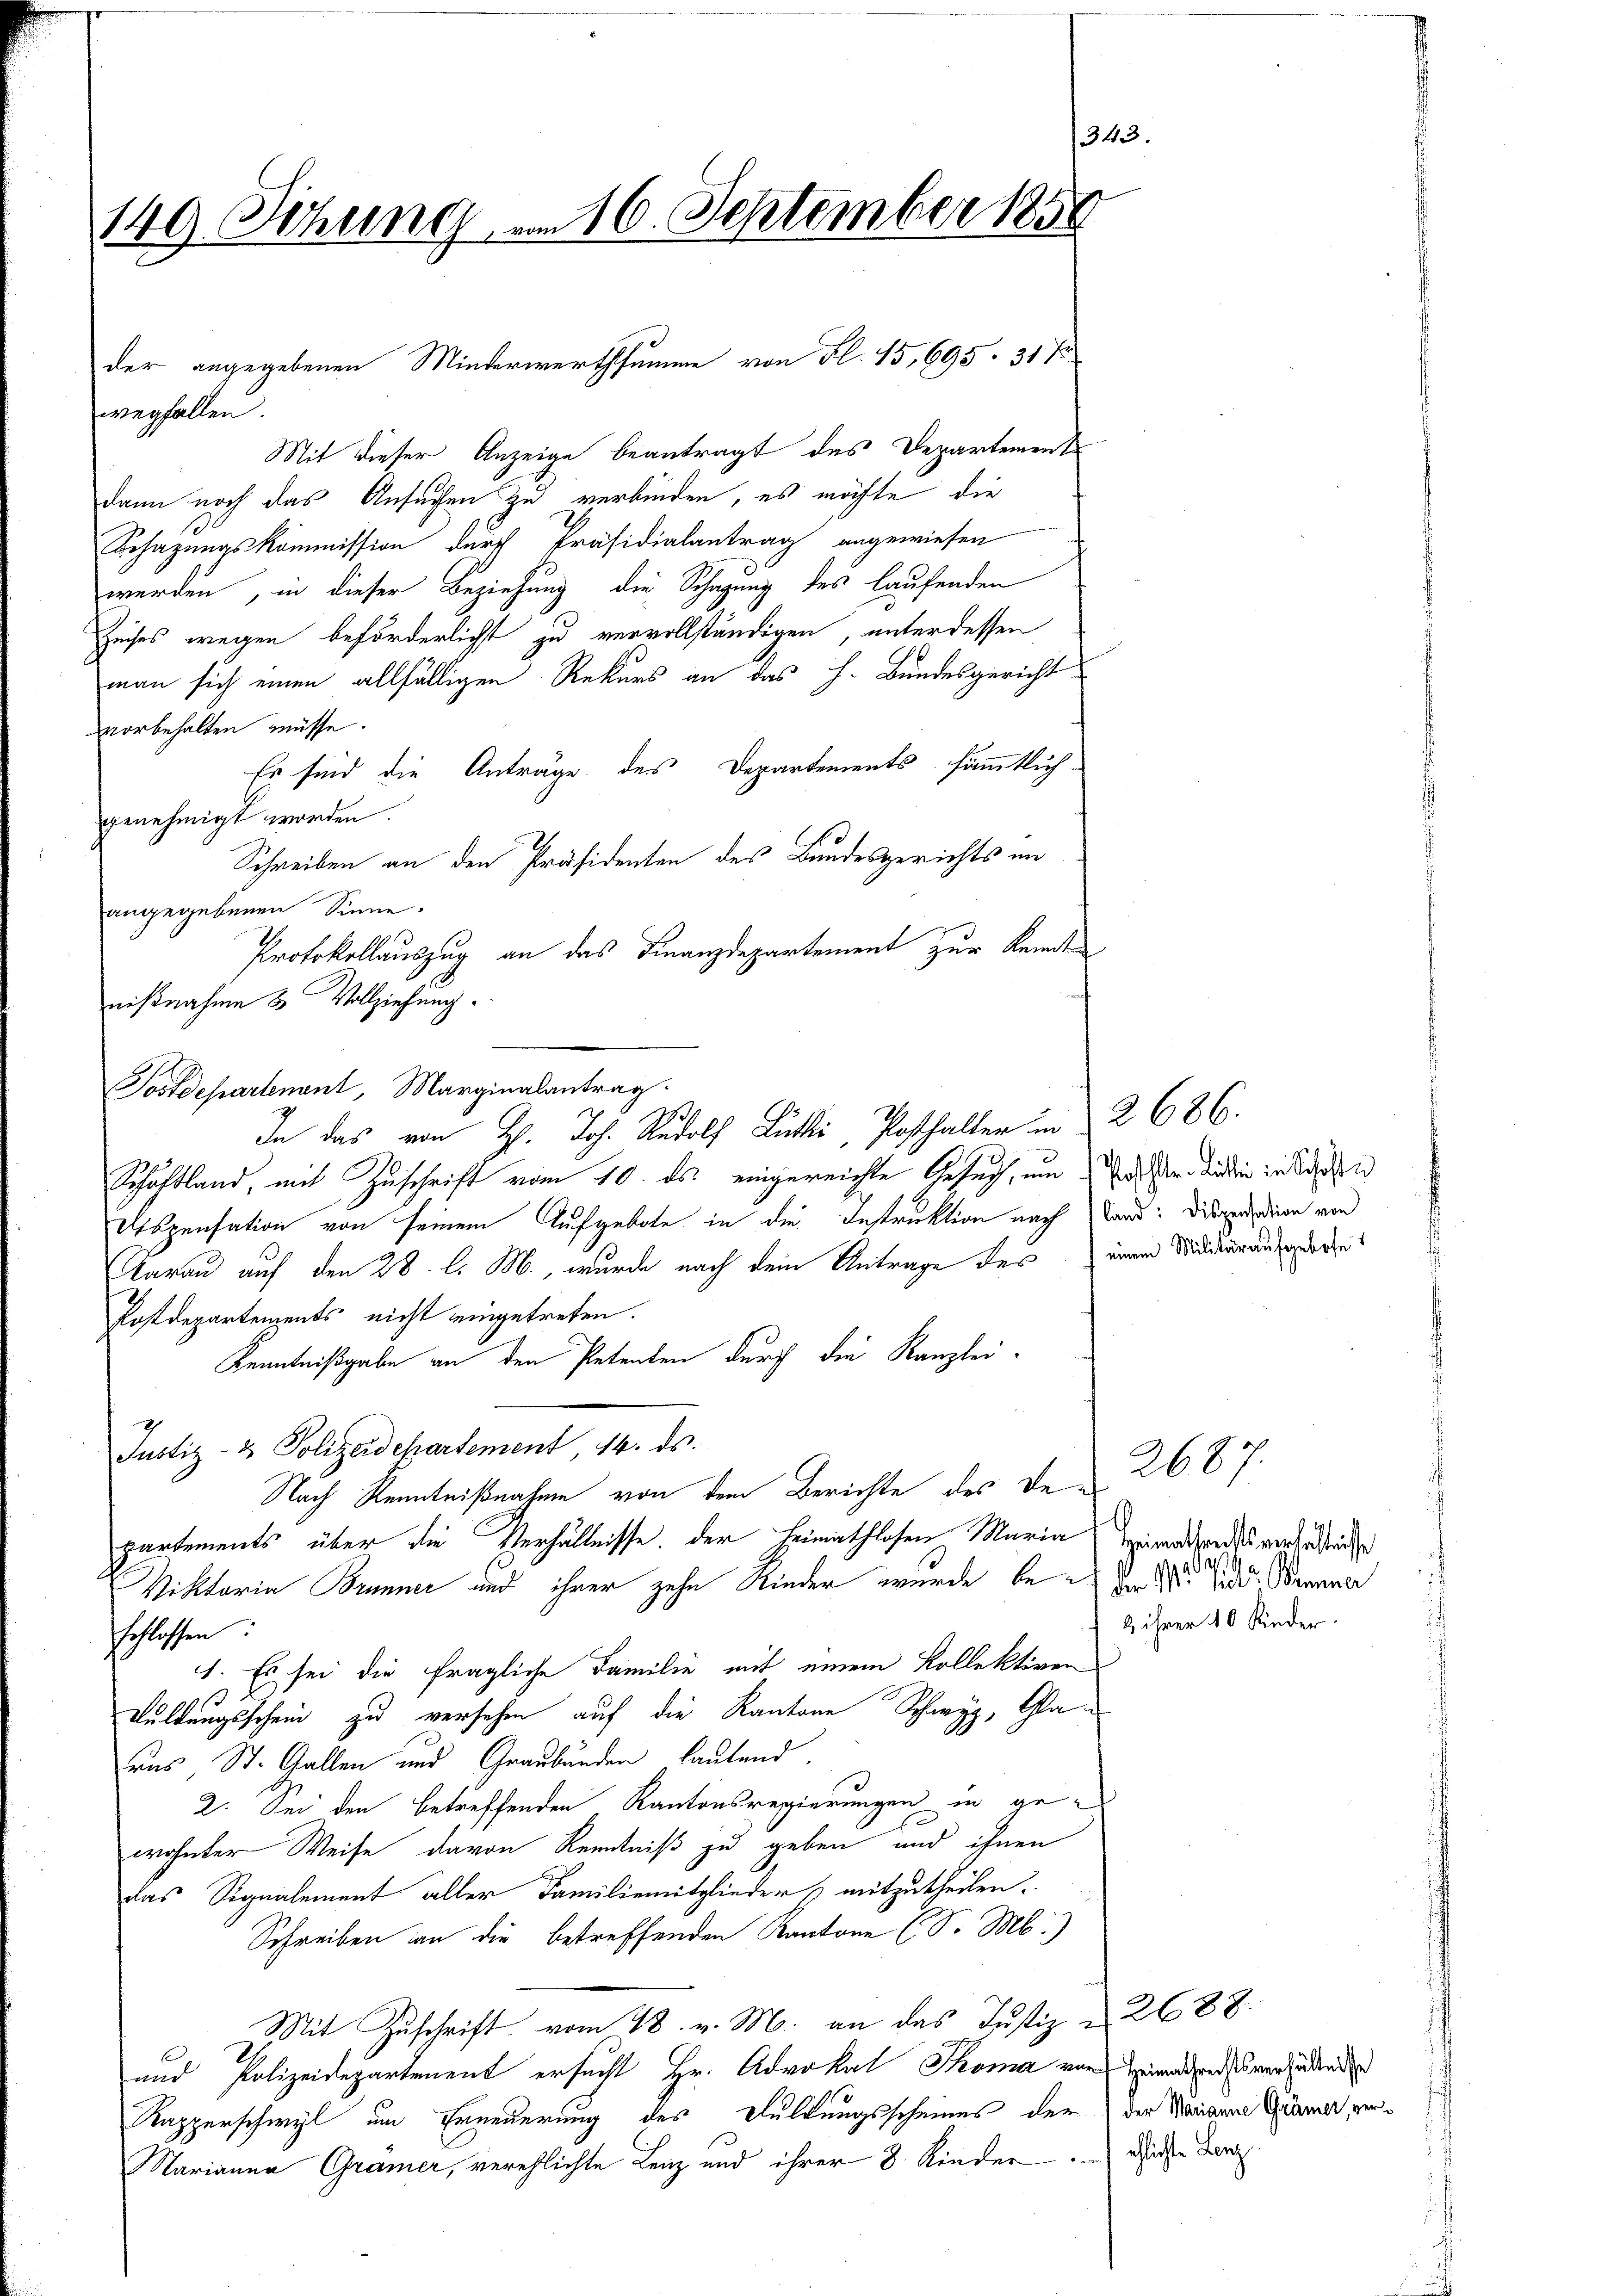
343
149. Sitzung am 16. September 1858

wegfallen.
Mit dieser Anzeige beantragt des Departement
dann noch das Ansuchen zu verbinden, es möchte die
Besazungskommission durch Präsidialantrag angewiesen
werden, in dieser Beziehung die Schazung des laufenden
Zeises wegen beförderlichst zu vervollständigen, unter dessen
man sich einen allfälligen Rekurs an das h. Bundesgericht
vorbehalten müsse.
Es sind die Anträge des Departements, sämmtlich-
genehmigt worden.
Schreiben an den Präsidenten des Bundesgerichts im
angegebenen Sinne.
Protokollauszug an das Finanzdepartement zur Kenntnißnahme & Vollziehung.
Postdepartenant, Marginalantrag
Schaftland, mit Zuschrift vom 10. ds. eingereichte Gesuch, um das er diesen in die
Dispensation von seinem Aufgebote in die Instruktion nach Land: Dispendien von
darau auf den 28. l. M., wurde nach dem Antrage des einen Widerrausenderen
Postdepartements nicht eingetreten.
Kenntnißgabe an den Petenten durch die Kanzlei-
Justiz- & Polizeidepartement 14. ds.
Nach Kenntnißnahme von dem Berichte des Departements über die Verhältnisse, der Heimathlosen Maria Heimatsrates versuchtnisse
Viktoria Brunner und ihrer zehn Kinder wurde beden 28. d. Brenner
schlossen:
1. Es sei die fragliche Familie mit einem Kollektiven
13
Kuldungsschein zu versehen auf die Kantone Schwyz, Glaaus, St. Gallen und Graubünden, lautend
2. Sei den betreffenden Kantonsregierungen in gewohnter Weise davon Kenntniß zu geben und ihnen
das Signalement aller Familiemitglieder mitzutheilen.
Schreiben an die betreffenden Kantone (S. M.)
Mit Zuschrift vom 18. v. M. an das Justiz & 2688.
und Polizeidepartement ersucht Hr. Advokat Thoma von Heimatsendesversiedenden
Rapperschwyl um Erneuerung des Feldungsscheines der der Marianne Grämer, ver¬
Marianna Gramer, verehlichte Lenz und ihrer 8 Kinder. Diese Dan

der angegebenen Minderwerthsumme von Fl. 15, 695. 311

In das von H. Joh. Rudolf Lütli, Posthalter in 2 686.

2 ihrer 10 Kinder.

2687.